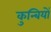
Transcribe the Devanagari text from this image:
कुन्बियों